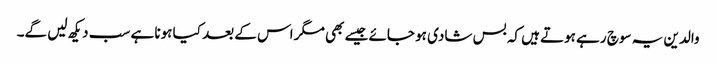
والدین یہ سوچ رہے ہوتے ہیں کہ بس شادی ہو جائے جیسے بھی مگر اس کے بعد کیا ہونا ہے سب دیکھ لیں گے۔